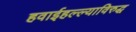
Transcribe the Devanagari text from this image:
हवाईहल्ल्याविरुद्ध